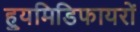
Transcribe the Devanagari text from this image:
ह्युमिडिफायरों